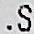
.S